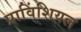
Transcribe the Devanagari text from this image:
प्राविंशियल